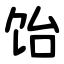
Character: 饴